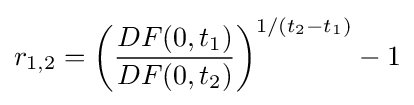
r_{1,2}=\left({\frac {DF(0,t_{1})}{DF(0,t_{2})}}\right)^{1/(t_{2}-t_{1})}-1